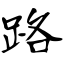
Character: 路